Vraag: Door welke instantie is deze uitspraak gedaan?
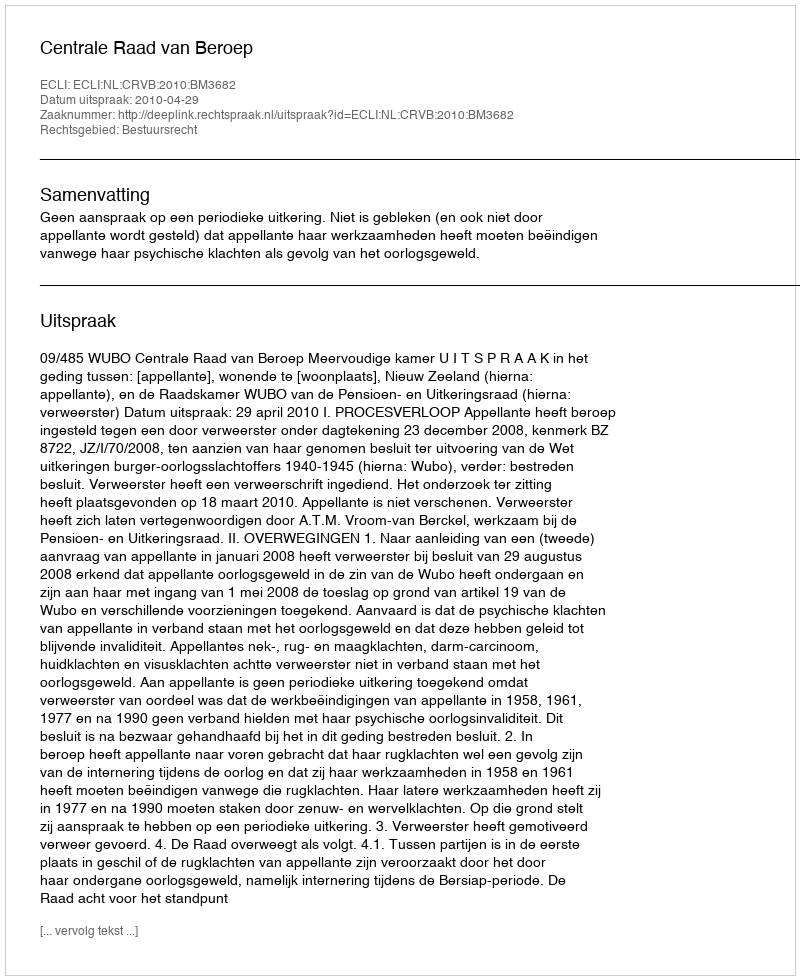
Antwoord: Centrale Raad van Beroep